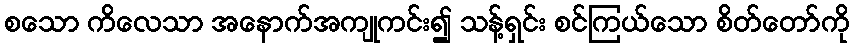
စသော ကိလေသာ အနောက်အကျုကင်း၍ သန့်ရှင်း စင်ကြယ်သော စိတ်တော်ကို